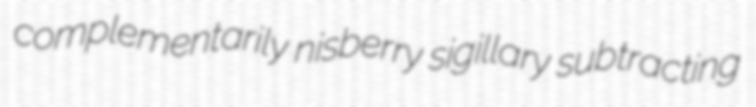
complementarily nisberry sigillary subtracting